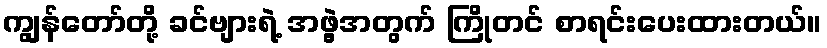
ကျွန်တော်တို့ ခင်ဗျားရဲ့ အဖွဲ့အတွက် ကြိုတင် စာရင်းပေးထားတယ်။